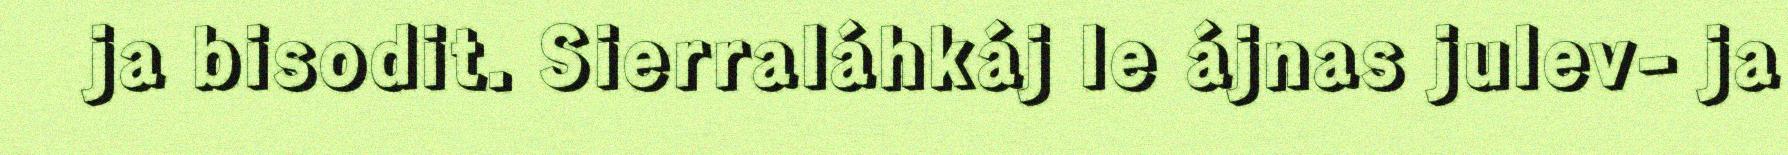
ja bisodit. Sierraláhkáj le ájnas julev- ja